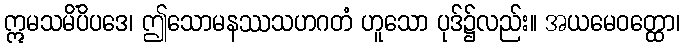
ဣမသမိံပိပဒေ၊ ဤသောမနဿသဟဂတံ ဟူသော ပုဒ်၌လည်း။ အယမေဝတ္ထော၊